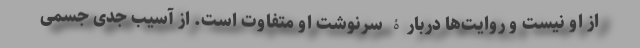
از او نیست و روایت‌ها دربارۀ سرنوشت او متفاوت است. از آسیب جدی جسمی